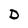
Character: D